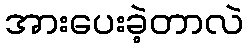
အားပေးခဲ့တာလဲ